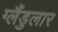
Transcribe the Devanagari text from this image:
ग्लैंडुलार